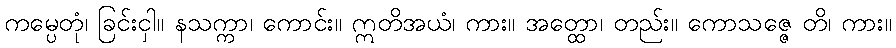
ကမ္ပေတုံ၊ ခြင်းငှါ။ နသက္ကာ၊ ကောင်း။ ဣတိအယံ၊ ကား။ အတ္ထော၊ တည်း။ ကောသဇ္ဇေ တိ၊ ကား။